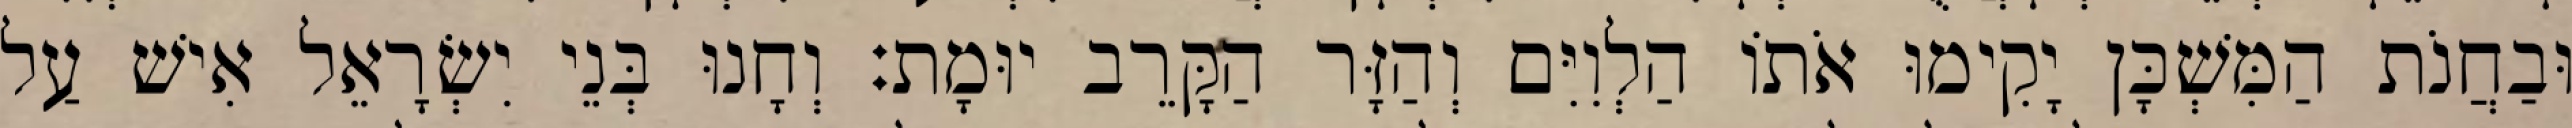
וּבַחֲנֹת הַמִּשְׁכָּן יָקִימוּ אֹתוֹ הַלְוִיִּם וְהַזָּר הַקָּרֵב יוּמָת׃ וְחָנוּ בְּנֵי יִשְׂרָאֵל אִישׁ עַל